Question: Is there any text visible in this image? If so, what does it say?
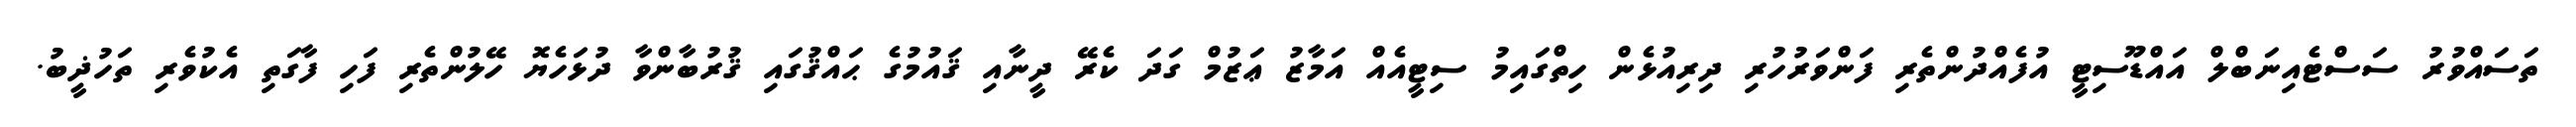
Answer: ތަސައްވުރު ސަސްޓެއިނަބްލް އައްޑޫސިޓީ އުފެއްދުންތެރި ފަންވަރުހުރި ދިރިއުޅެން ހިތްގައިމު ސިޓީއެއް އަމާޒު ޢަޒުމް ގަދަ ކެރޭ ދީނާއި ޤައުމުގެ ޙައްޤުގައި ޤުރުބާންވާ ދުޅަހެޔޮ ހޭލުންތެރި ފަހި ފާގަތި އެކުވެރި ތަހުޛީބު.